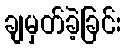
ချမှတ်ခဲ့ခြင်း